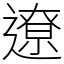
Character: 遼